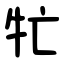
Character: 牤